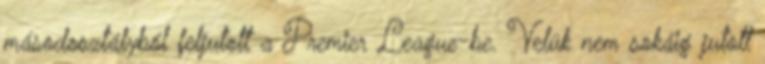
másodosztályból feljutott a Premier League-be. Velük nem sokáig jutott